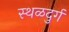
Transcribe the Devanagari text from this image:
स्थळदुर्ग